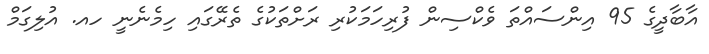
އާބާދީގެ 95 އިންސައްތަ ވެކްސިން ފުރިހަމަކުރި ރަށްތަކުގެ ތެރޭގައި ހިމެނެނީ ހއ. އުލިގަމް